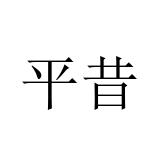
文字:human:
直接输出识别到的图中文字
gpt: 平昔